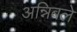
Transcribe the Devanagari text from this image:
अन्निबले